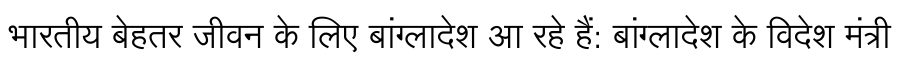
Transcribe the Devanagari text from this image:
भारतीय बेहतर जीवन के लिए बांग्लादेश आ रहे हैं: बांग्लादेश के विदेश मंत्री